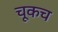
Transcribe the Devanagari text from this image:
चूकच